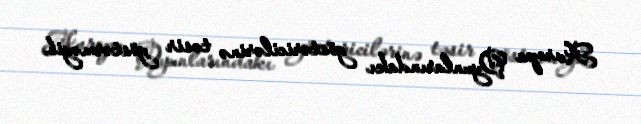
Avropa Oyunlarındakı göstəricilərinə təsir göstərməyib.